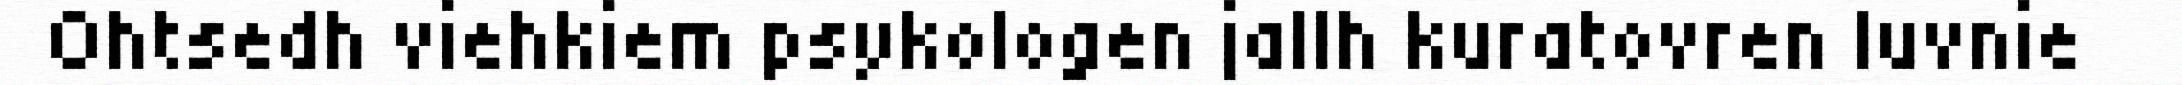
Ohtsedh viehkiem psykologen jallh kuratovren luvnie